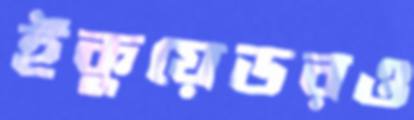
ইকুয়েডরও